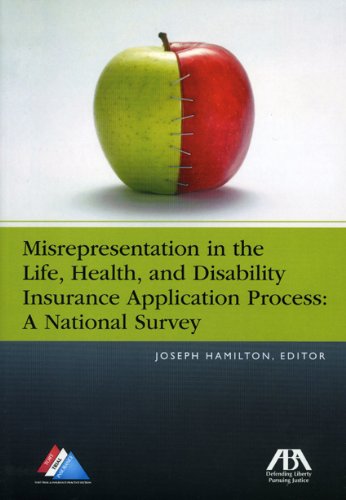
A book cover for Misrepresentation in the  Life, Health, and Disability Insurance Application Process: A National Survey; Joeseph M. Hamilton; Law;